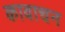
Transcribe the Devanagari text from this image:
कावाचन